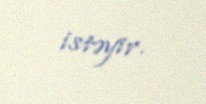
istəyir.